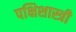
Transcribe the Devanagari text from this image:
पक्षिशास्त्री